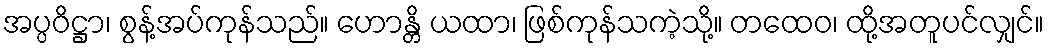
အပ္ပဝိဋ္ဌာ၊ စွန့်အပ်ကုန်သည်။ ဟောန္တိ ယထာ၊ ဖြစ်ကုန်သကဲ့သို့။ တထေဝ၊ ထို့အတူပင်လျှင်။